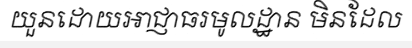
យួនដោយអាជ្ញាធរមូលដ្ឋាន មិនដែល